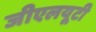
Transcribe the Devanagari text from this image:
जीएलयूटी